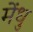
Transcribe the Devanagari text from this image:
मेंधु